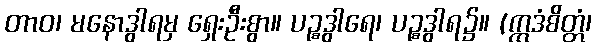
တာဝ၊ မနောဒွါရမှ ရှေးဦးစွာ။ ပဉ္စဒွါရေ၊ ပဉ္စဒွါရ၌။ (ဣဒံစိတ္တံ၊